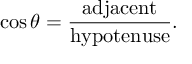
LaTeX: \cos \theta = { \frac { \mathrm { a d j a c e n t } } { \mathrm { h y p o t e n u s e } } } .